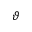
\vartheta